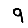
Digit: 9